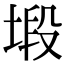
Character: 塅